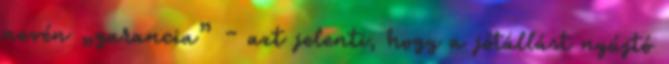
nevén „garancia” – azt jelenti, hogy a jótállást nyújtó